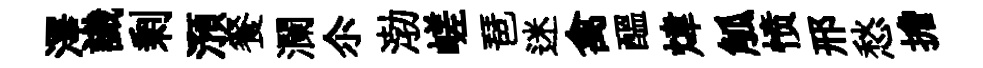
澤識剰澦餐瀾尒渤嵯琶迷禽醖煒觚愤邢愁擔